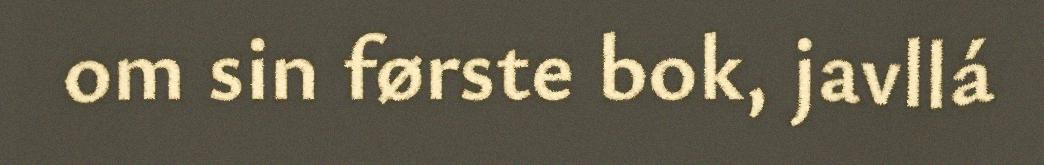
om sin første bok, javllá